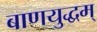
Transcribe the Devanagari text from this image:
बाणयुद्धम्